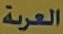
العربة